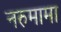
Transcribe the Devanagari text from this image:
नरुमामा